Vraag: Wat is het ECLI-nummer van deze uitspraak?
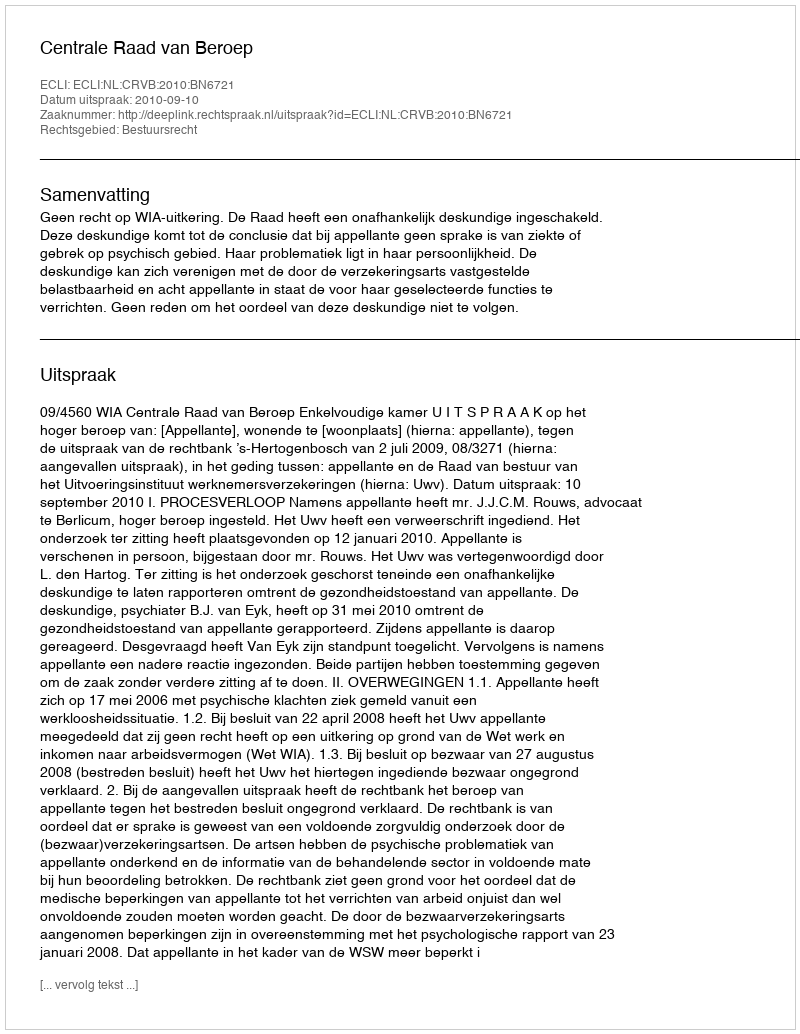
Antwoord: ECLI:NL:CRVB:2010:BN6721